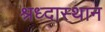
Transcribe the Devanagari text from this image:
श्रध्दास्थान